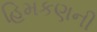
હિમકણની